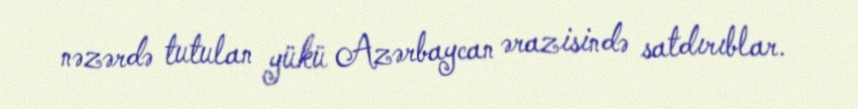
nəzərdə tutulan yükü Azərbaycan ərazisində satdırıblar.